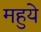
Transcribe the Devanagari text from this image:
महुये